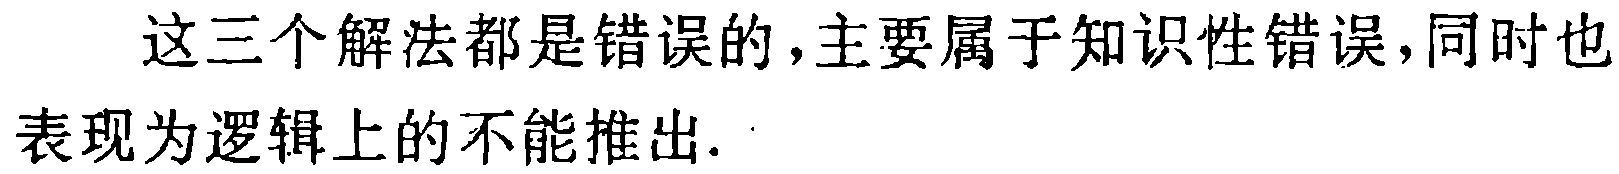
这三个解法都是错误的,主要属于知识性错误,同时也表现为逻辑上的不能推出.